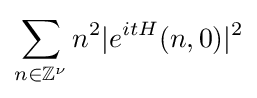
\sum _{n\in \mathbb {Z} ^{\nu }}n^{2}|e^{itH}(n,0)|^{2}